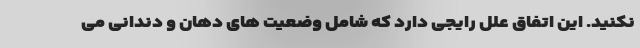
نکنید. این اتفاق علل رایجی دارد که شامل وضعیت های دهان و دندانی می